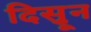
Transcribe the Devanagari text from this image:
दिसुून